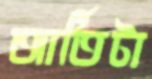
আর্তিটা